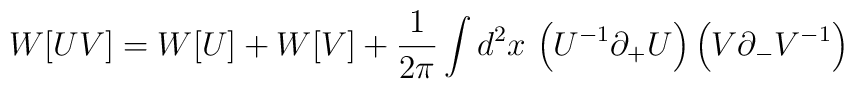
W[UV]=W[U] + W[V] + {1\over{2\pi}}\int d^2x\, \left(U^{-1}\partial_+ U\right)\left(V\partial_- V^{-1}\right)